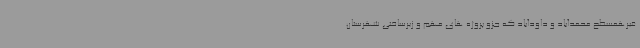
غیرهمسطح محمدآباد و داودآباد که جزو پروژه‌ های مهم و زیرساختی شهرستان